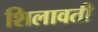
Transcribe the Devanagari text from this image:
शिलावती